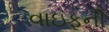
વાઇફની